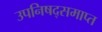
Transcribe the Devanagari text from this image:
उपनिषद्समाप्त